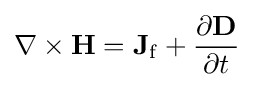
\nabla \times \mathbf {H} =\mathbf {J} _{\mathrm {f} }+{\frac {\partial \mathbf {D} }{\partial t}}